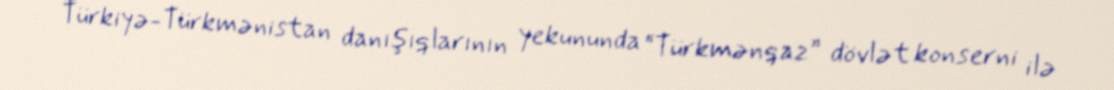
Türkiyə-Türkmənistan danışıqlarının yekununda “Türkmənqaz” dövlət konserni ilə